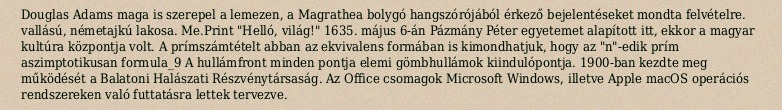
Douglas Adams maga is szerepel a lemezen, a Magrathea bolygó hangszórójából érkező bejelentéseket mondta felvételre. vallású, németajkú lakosa. Me.Print "Helló, világ!" 1635. május 6-án Pázmány Péter egyetemet alapított itt, ekkor a magyar kultúra központja volt. A prímszámtételt abban az ekvivalens formában is kimondhatjuk, hogy az "n"-edik prím aszimptotikusan formula_9 A hullámfront minden pontja elemi gömbhullámok kiindulópontja. 1900-ban kezdte meg működését a Balatoni Halászati Részvénytársaság. Az Office csomagok Microsoft Windows, illetve Apple macOS operációs rendszereken való futtatásra lettek tervezve.